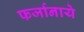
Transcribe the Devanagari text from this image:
फर्जानाये